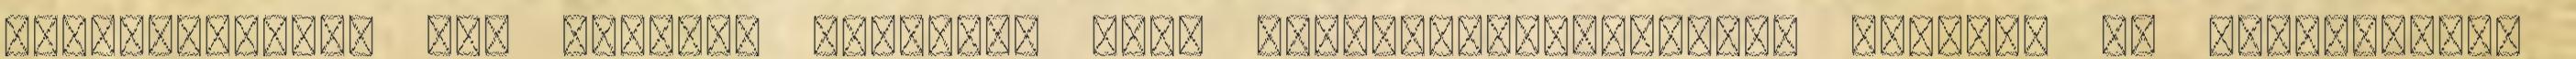
zalaegerszegi kar oktatói vezetik, akik gyakorlatorientált, játékos és élményszerű